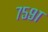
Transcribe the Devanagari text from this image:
७५९१